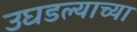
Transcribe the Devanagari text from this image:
उघडल्याच्या